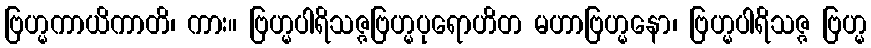
ဗြဟ္မကာယိကာတိ၊ ကား။ ဗြဟ္မပါရိသဇ္ဇဗြဟ္မပုရောဟိတ မဟာဗြဟ္မနော၊ ဗြဟ္မပါရိသဇ္ဇ ဗြဟ္မ